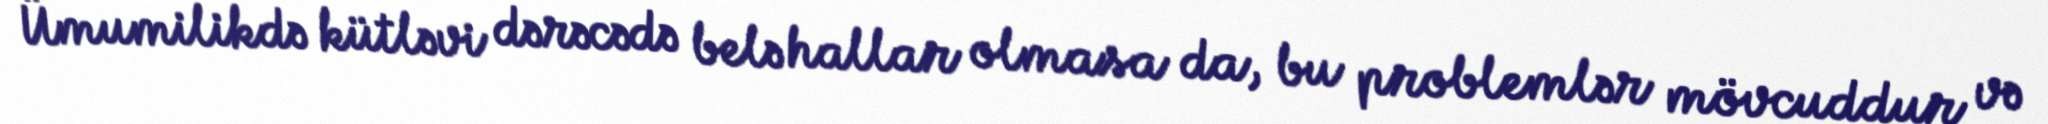
Ümumilikdə kütləvi dərəcədə belə hallar olmasa da, bu problemlər mövcuddur və